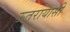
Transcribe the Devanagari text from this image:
ऊतरायासी